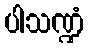
ပါသဏ္ဍံ